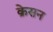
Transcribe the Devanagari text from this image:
क्रेसन